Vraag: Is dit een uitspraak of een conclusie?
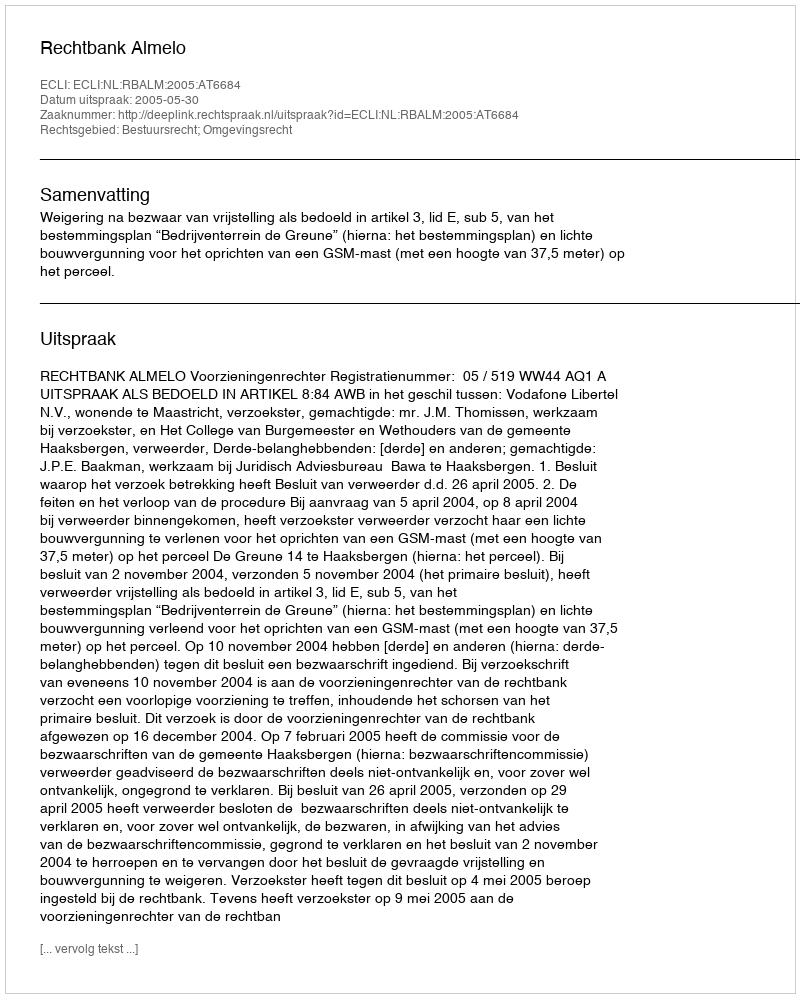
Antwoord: Uitspraak